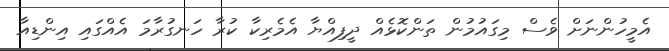
އެމީހުންނަށް ވެސް މިގައުމުން ތަންކޮޅެއް ދީފިއްޔާ އެމެރިކާ ކުރާ ހަނގުރާމަ އެއްގައި އިންޑިއާ